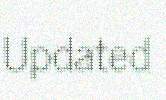
Updated